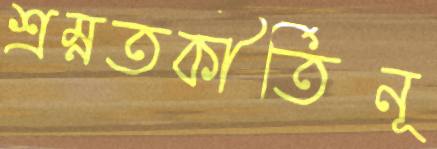
শ্রম্নতকীর্তিনূ